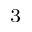
^ 3